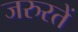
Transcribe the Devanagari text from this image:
जरुरतें